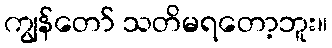
ကျွန်တော် သတိမရတော့ဘူး။